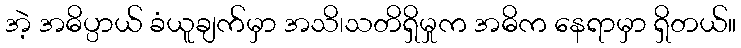
အဲ့ အဓိပ္ပာယ် ခံယူချက်မှာ အသိ၊သတိရှိမှုက အဓိက နေရာမှာ ရှိတယ်။